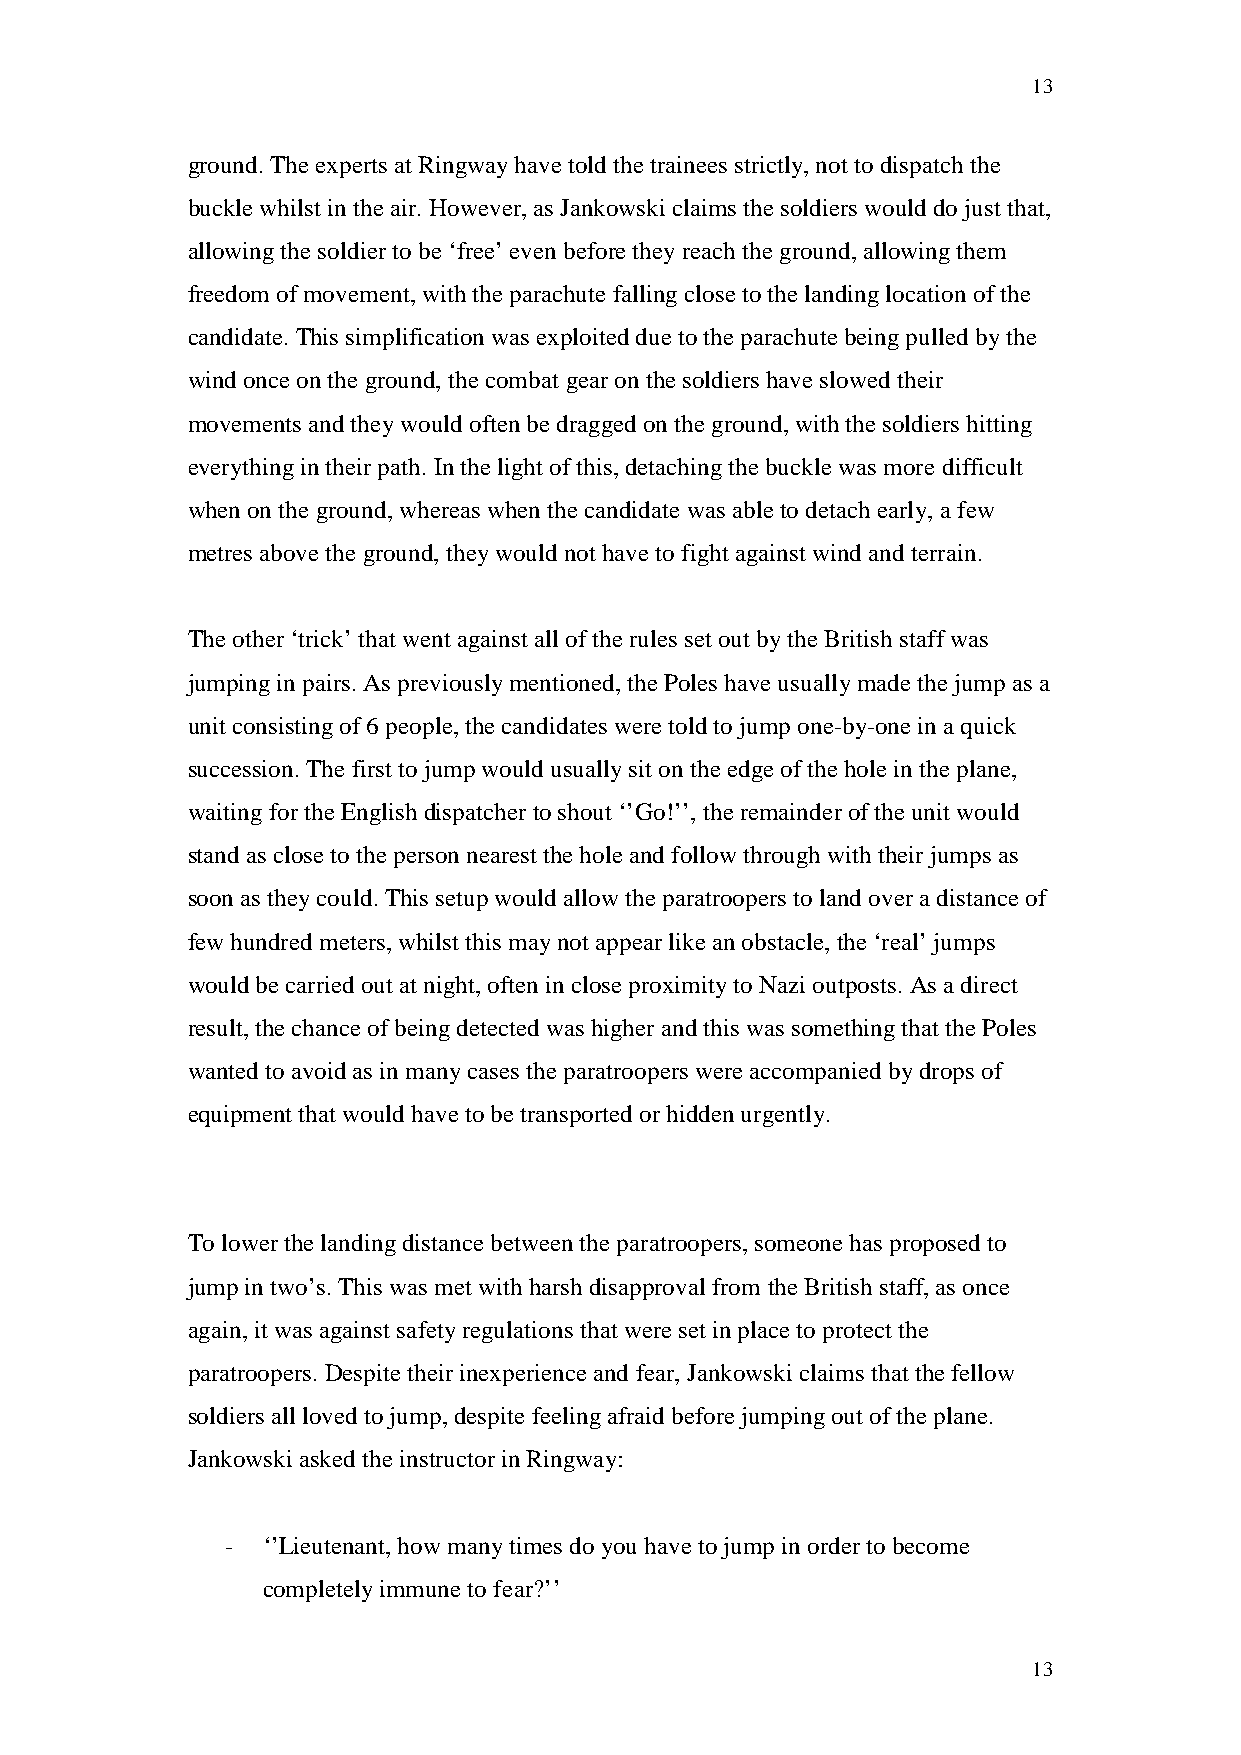
13
 ground. The experts at Ringway have told the trainees strictly, not to dispatch the
 buckle whilst in the air. However, as Jankowski claims the soldiers would do just that,
 allowing the soldier to be ‘free’ even before they reach the ground, allowing them
 freedom of movement, with the parachute falling close to the landing location of the
 candidate. This simplification was exploited due to the parachute being pulled by the
 wind once on the ground, the combat gear on the soldiers have slowed their
 movements and they would often be dragged on the ground, with the soldiers hitting
 everything in their path. In the light of this, detaching the buckle was more difficult
 when on the ground, whereas when the candidate was able to detach early, a few
 metres above the ground, they would not have to fight against wind and terrain.
 The other ‘trick’ that went against all of the rules set out by the British staff was
 jumping in pairs. As previously mentioned, the Poles have usually made the jump as a
 unit consisting of 6 people, the candidates were told to jump one-by-one in a quick
 succession. The first to jump would usually sit on the edge of the hole in the plane,
 waiting for the English dispatcher to shout ‘’Go!’’, the remainder of the unit would
 stand as close to the person nearest the hole and follow through with their jumps as
 soon as they could. This setup would allow the paratroopers to land over a distance of
 few hundred meters, whilst this may not appear like an obstacle, the ‘real’ jumps
 would be carried out at night, often in close proximity to Nazi outposts. As a direct
 result, the chance of being detected was higher and this was something that the Poles
 wanted to avoid as in many cases the paratroopers were accompanied by drops of
 equipment that would have to be transported or hidden urgently.
 To lower the landing distance between the paratroopers, someone has proposed to
 jump in two’s. This was met with harsh disapproval from the British staff, as once
 again, it was against safety regulations that were set in place to protect the
 paratroopers. Despite their inexperience and fear, Jankowski claims that the fellow
 soldiers all loved to jump, despite feeling afraid before jumping out of the plane.
 Jankowski asked the instructor in Ringway:
 - ‘’Lieutenant, how many times do you have to jump in order to become
 completely immune to fear?’’
 13